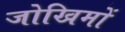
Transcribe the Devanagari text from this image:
जोखिमों